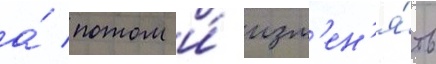
а́ потом и́ изм'ен'я́ть